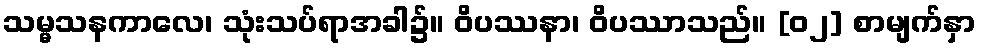
သမ္မသနကာလေ၊ သုံးသပ်ရာအခါ၌။ ဝိပဿနာ၊ ဝိပဿာသည်။ [၀၂] စာမျက်နှာ